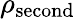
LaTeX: \rho_{\mathrm{second}}